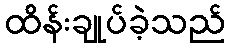
ထိန်းချုပ်ခဲ့သည်